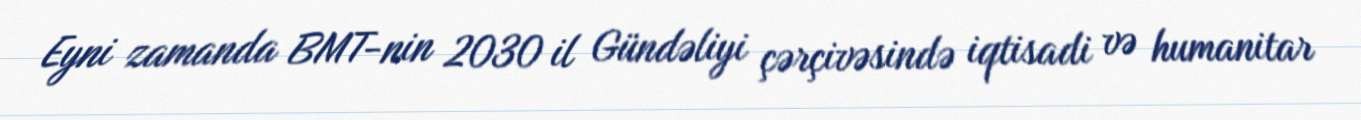
Eyni zamanda BMT-nin 2030 il Gündəliyi çərçivəsində iqtisadi və humanitar